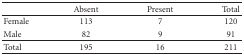
<table><thead><tr><td></td><td><b>Absent</b></td><td><b>Present</b></td><td><b>Total</b></td></tr></thead><tbody><tr><td>Female</td><td>113</td><td>7</td><td>120</td></tr><tr><td>Male</td><td>82</td><td>9</td><td>91</td></tr><tr><td>Total</td><td>195</td><td>16</td><td>211</td></tr></tbody></table>